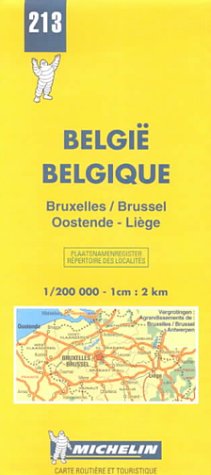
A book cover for Michelin Brussels/Oostende/Liege, Belgium Map No. 213 (Michelin Maps & Atlases); Michelin Travel Publications; Travel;